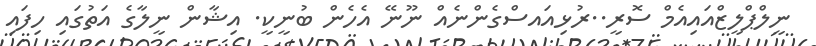
ނީލްޕްލީޒްއައިއެމް ސޮރީ..ރުޅިއައސްގެންނެއް ނޫނޭ އެހެން ބުނީކީ. އިޝާން ނީލާގެ އަތުގައި ހިފައި